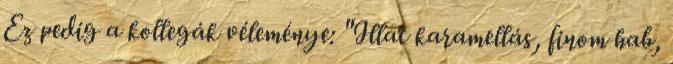
Ez pedig a kollegák véleménye: "Illat karamellás, finom hab,